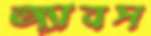
অ্যাবস